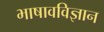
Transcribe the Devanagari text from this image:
भाषावविज्ञान